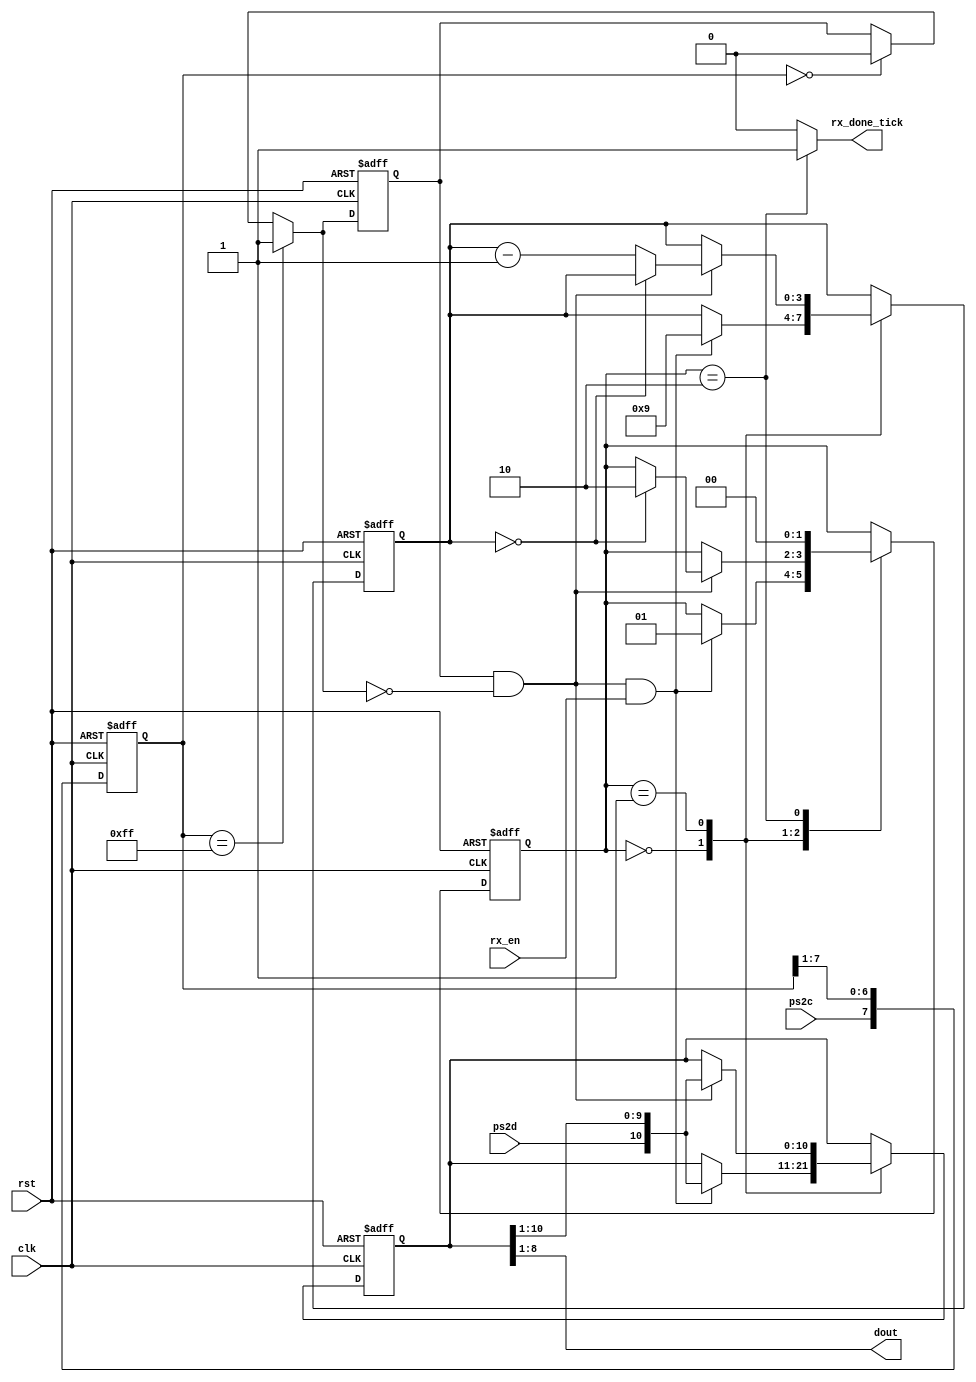
//from "FPGA Prototyping by Verilog"

module ps2_rx(
	input clk, rst,
	input rx_en,
	input ps2d,
	input ps2c,
	
	output reg rx_done_tick,
	output wire [7:0] dout );
	
	localparam [1:0]
		idle = 2'b00,
		dps = 2'b01,
		load = 2'b10;
		
	reg [1:0] state_reg, state_next;
	reg [7:0] filter_reg;
	wire [7:0] filter_next;
	reg f_ps2c_reg;
	wire f_ps2c_next;
	reg [3:0] n_reg, n_next;
	reg [10:0] b_reg, b_next;
	wire fall_edge;
	
	always @ (posedge clk, posedge rst) begin
		if (rst)
			begin
				filter_reg <= 0;
				f_ps2c_reg <= 0;
			end
		else
			begin
				filter_reg <= filter_next;
				f_ps2c_reg <= f_ps2c_next;
			end
	end
	
	assign filter_next = {ps2c, filter_reg[7:1]};
	assign f_ps2c_next = (filter_reg == 8'b1111_1111) ? 1'b1 :
						 (filter_reg == 8'b0000_0000) ? 1'b0 :
						  f_ps2c_reg;
	assign fall_edge = f_ps2c_reg & ~f_ps2c_next;
	
	//FSMD
	always @ (posedge clk, posedge rst) begin
		if (rst)
			begin
				state_reg <= idle;
				n_reg <= 0;
				b_reg <= 0;
			end
		else
			begin
				state_reg <= state_next;
				n_reg <= n_next;
				b_reg <= b_next;
			end
	end
	
	always @*
		begin
			state_next = state_reg;
			rx_done_tick = 1'b0;
			n_next = n_reg;
			b_next = b_reg;
			case (state_reg)
				idle:
					if (fall_edge & rx_en)
						begin
							//shift in start bit
							b_next = {ps2d, b_reg[10:1]};
							n_next = 4'b1001;
							state_next = dps;
						end
				dps:
					if (fall_edge)
						begin
							b_next = {ps2d, b_reg[10:1]};
							if (n_reg == 0)
								state_next = load;
							else
								n_next = n_reg - 1'b1;
						end
				load:
					begin
						state_next = idle;
						rx_done_tick = 1'b1;
					end
			endcase
		end
		
	assign dout = b_reg[8:1];
	
endmodule